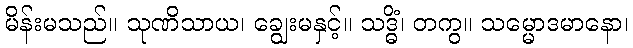
မိန်းမသည်။ သုဏိသာယ၊ ချွေးမနှင့်။ သဒ္ဓိံ၊ တကွ။ သမ္မောဒမာနော၊